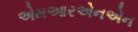
એમઆરએનએન